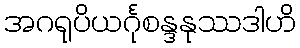
အဂရုပိယင်္ဂုစန္ဒနုဿဒါဟိ